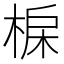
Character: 𣓅